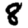
Digit: 8